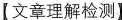
【文章理解检测】